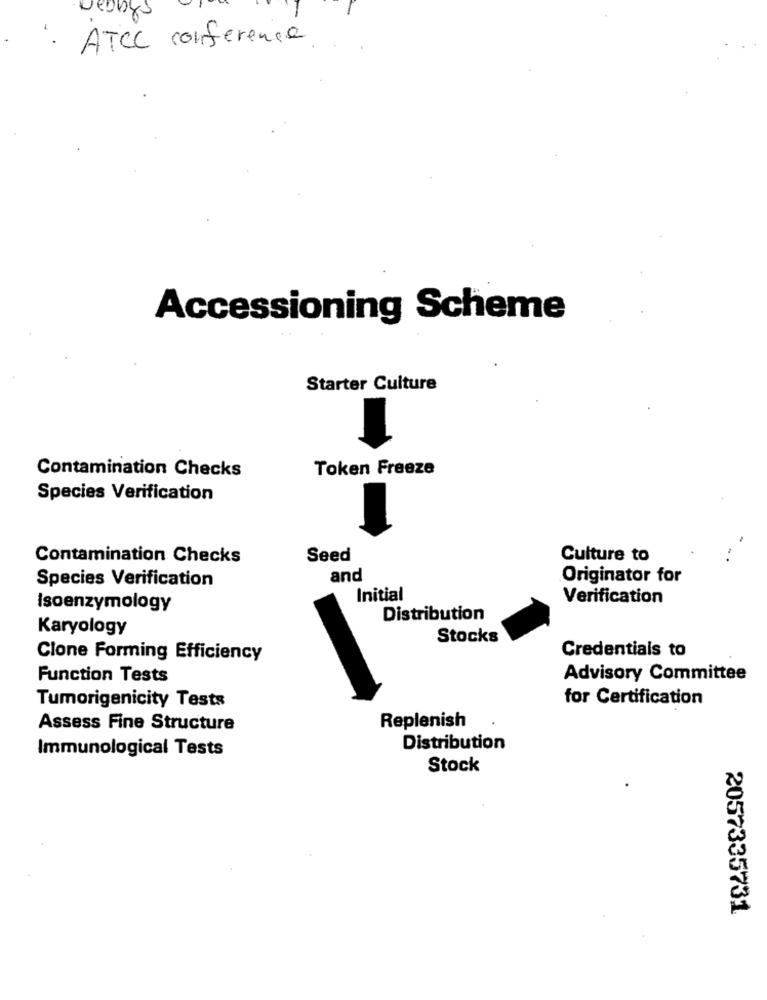
seboys
· ATCC conference
Accessioning Scheme
Starter Culture
Contamination Checks
Token Freeze
Species Verification
Contamination Checks
Seed
Culture to
Species Verification
and
Originator for
Initial
Verification
Isoenzymology
Distribution
Karyology
Stocks
Credentials to
Clone Forming Efficiency
Function Tests
Advisory Committee
for Certification
Tumorigenicity Tests
Replenish
Assess Fine Structure
Immunological Tests
Distribution
Stock
2057335731